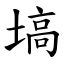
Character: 塙